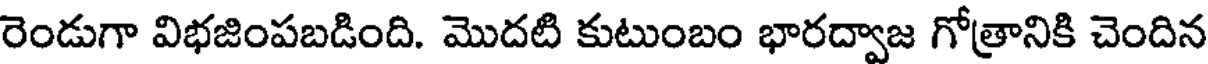
రెండుగా విభజింపబడింది. మొదటి కుటుంబం భారద్వాజ గోత్రానికి చెందిన